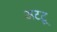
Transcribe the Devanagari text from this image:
अटटू